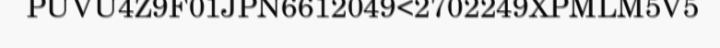
PUVU4Z9F01JPN6612049<2702249XPMLM5V5